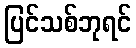
ပြင်သစ်ဘုရင်